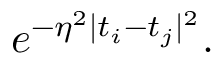
e ^ { - \eta ^ { 2 } \mid t _ { i } - t _ { j } \mid ^ { 2 } } .